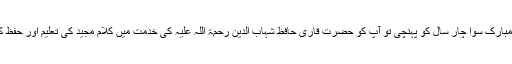
جب آپ کی عمر مبارک سوا چار سال کو پہنچی تو آپ کو حضرت قاری حافظ شہاب الدین رحمۃ اللہ علیہ کی خدمت میں کلامِ مجید کی تعلیم اور حفظ کے لیے بٹھایا گیا۔